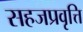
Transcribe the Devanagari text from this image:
सहजप्रवृत्ति